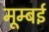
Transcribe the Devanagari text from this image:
मूम्बई